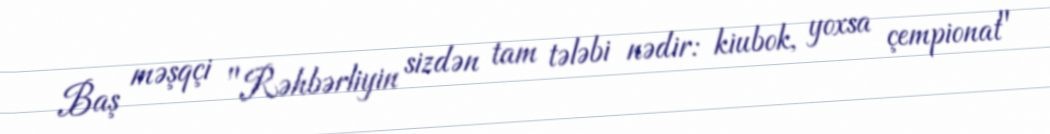
Baş məşqçi "Rəhbərliyin sizdən tam tələbi nədir: kiubok, yoxsa çempionat"